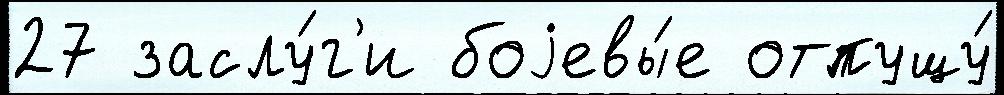
27 заслу́г'и боjевы́е отпущу́